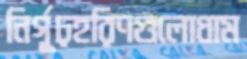
নির্গূঢ়হরিণগুলোধাম